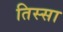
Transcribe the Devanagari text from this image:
तिस्सा